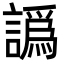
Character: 譌